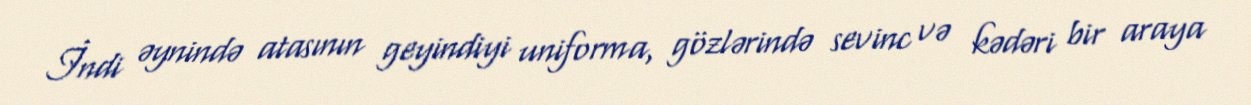
İndi əynində atasının geyindiyi uniforma, gözlərində sevinc və kədəri bir araya